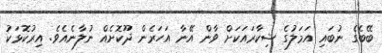
ބޭބެގެ ނުބައި އަމަލުގެ ޝިކާރައަކަށް ވާން އޭނާ އަހަރެން ދޫކޮށެއް ނުލާނެއެވެ. އިރުކޮޅަކު